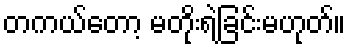
တကယ်တော့ မတိုးရဲခြင်းမဟုတ်။